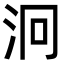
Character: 泂